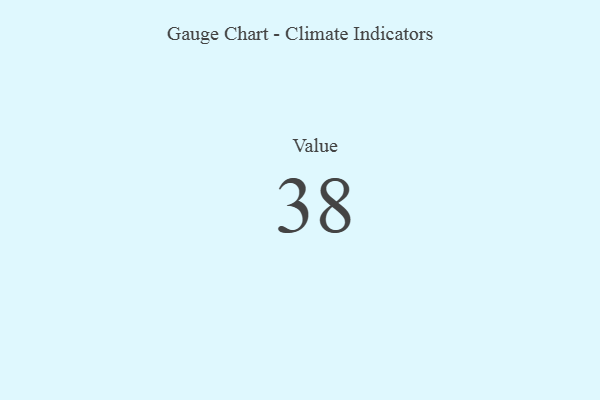
{"axis": {"x": "Metric", "y": "Value"}, "legend": [""], "data": [{"x": "Value", "y": 38, "type": ""}]}